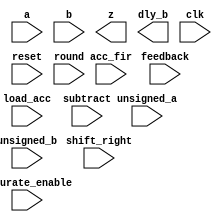
(* blackbox *)
module RS_DSP_MULTADD_REGOUT (
    input  wire [19:0] a,
    input  wire [17:0] b,
    output wire [37:0] z,
    output wire [17:0] dly_b,

    (* clkbuf_sink *)
    input  wire        clk,
    input  wire        reset,

    input  wire [ 2:0] feedback,
    input  wire [ 5:0] acc_fir,
    input  wire        load_acc,
    input  wire        unsigned_a,
    input  wire        unsigned_b,

    input  wire        saturate_enable,
    input  wire [ 5:0] shift_right,
    input  wire        round,
    input  wire        subtract
    );

parameter [79:0] MODE_BITS = 80'd0;

endmodule